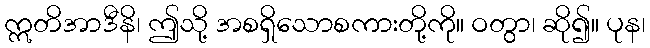
ဣတိအာဒီနိ၊ ဤသို့ အစရှိသောစကားတို့ကို။ ဝတွာ၊ ဆို၍။ ပုန၊